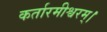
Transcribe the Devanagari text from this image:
कर्तारमीश्वरम्।